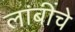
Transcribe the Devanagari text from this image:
लांबींचे